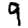
Digit: 9